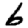
Digit: 6